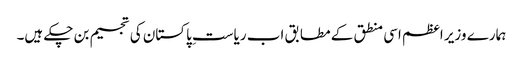
ہمارے وزیر اعظم اسی منطق کے مطابق اب ریاستِ پاکستان کی تجسیم بن چکے ہیں۔